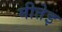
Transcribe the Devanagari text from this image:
मीतेइ